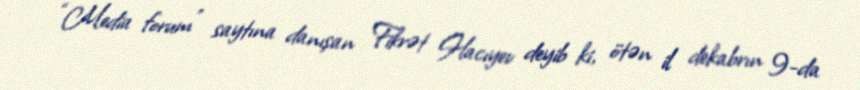
“Media forum” saytına danışan Fikrət Hacıyev deyib ki, ötən il dekabrın 9-da